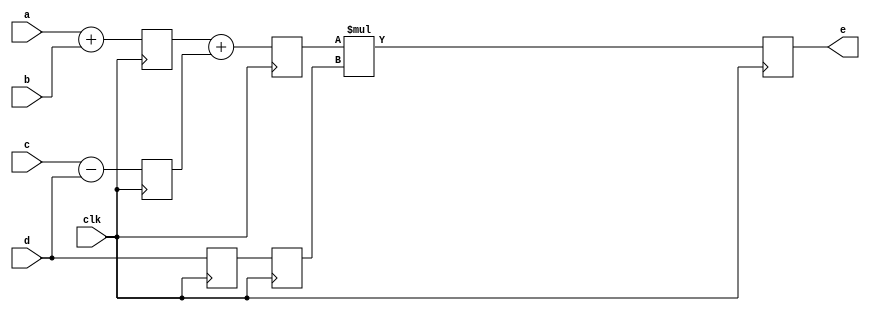
//=======================================================
// Module  : pipeline.v 
// Purpose : Demonstrate a simple pipeline example that 
//           performs following  
//           P1 : x1 = a + b x2 = c - d
//           P2 : x3 = x1 + x2 
//           P3 : e = x3 * d
//=======================================================

module pipeline(
    input  clk,
    input  [31:0] a,
    input  [31:0] b,
    input  [31:0] c,
    input  [31:0] d,
    output [31:0] e
);

reg [31:0] x1_p1;
reg [31:0] x2_p1; 
reg [31:0] d_p1;
reg [31:0] x3_p2;
reg [31:0] d_p2; 
reg [31:0] f;

assign e = f;

//=======================================================
// Pipeline Stage-1
//=======================================================
always @ (posedge clk) 
begin
    x1_p1 <= (a + b);
    x2_p1 <= (c-d);
    d_p1  <= d;
end

//=======================================================
// Pipeline Stage-2
//=======================================================

always @ (posedge clk) 
begin
    x3_p2 <= (x1_p1 + x2_p1);
    d_p2  <= d_p1;
end

//=======================================================
// Pipeline Stage-3
// Output should be floped as per design gudielines.
//=======================================================

always @ (posedge clk) 
begin
    f <= (x3_p2 * d_p2);
end

endmodule